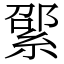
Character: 綤